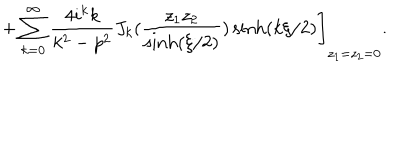
LaTeX: \left. + \sum _ { k = 0 } ^ { \infty } \frac { 4 i ^ { k } k } { k ^ { 2 } - p ^ { 2 } } J _ { k } ( \frac { z _ { 1 } z _ { 2 } } { \sinh ( \xi / 2 ) } ) \sinh ( k \xi / 2 ) \right] _ { z _ { 1 } = z _ { 2 } = 0 } .